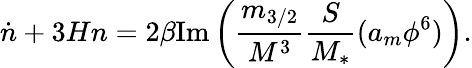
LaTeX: \dot{n}+3Hn=2\beta\mathrm{Im}\left(\frac{m_{3/2}}{M^{3}}\frac{S}{M_{*}}(a_{m}\phi^{6})\right).